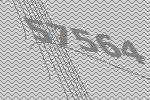
57564